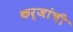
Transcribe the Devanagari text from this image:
कर्जांची